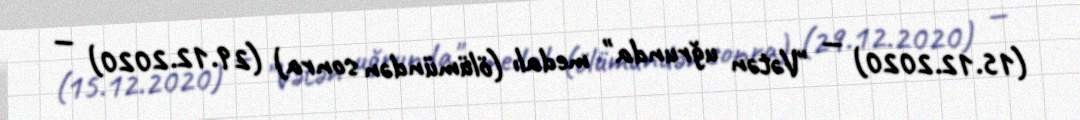
(15.12.2020) — "Vətən uğrunda" medalı (ölümündən sonra) (29.12.2020) —